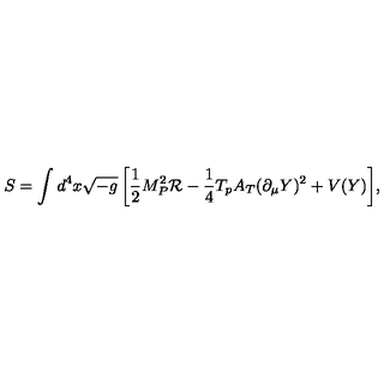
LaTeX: S = \int { d ^ { 4 } x \sqrt { - g } \left[ \frac { 1 } { 2 } M _ { P } ^ { 2 } \mathcal { R } - \frac { 1 } { 4 } T _ { p } A _ { T } ( \partial _ { \mu } Y ) ^ { 2 } + V ( Y ) \right] } ,